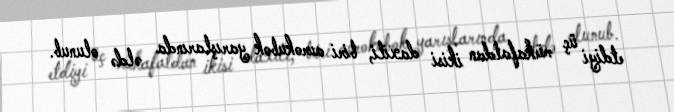
etdiyi üç mükafatdan ikisi daxili, biri avrokubok yarışlarında əldə olunub.